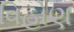
વિહોણ